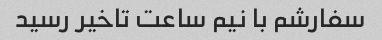
سفارشم با نیم ساعت تاخیر رسید